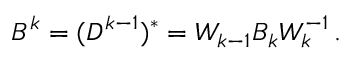
\begin{array} { r } { B ^ { k } = ( D ^ { k - 1 } ) ^ { * } = W _ { k - 1 } B _ { k } W _ { k } ^ { - 1 } \, . } \end{array}